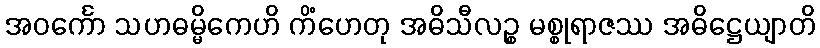
အဝင်္ကော သဟဓမ္မိကေဟိ ကိံဟေတု အဓိသီလဉ္စ မစ္စုရာဇဿ အဓိဋ္ဌေယျာတိ